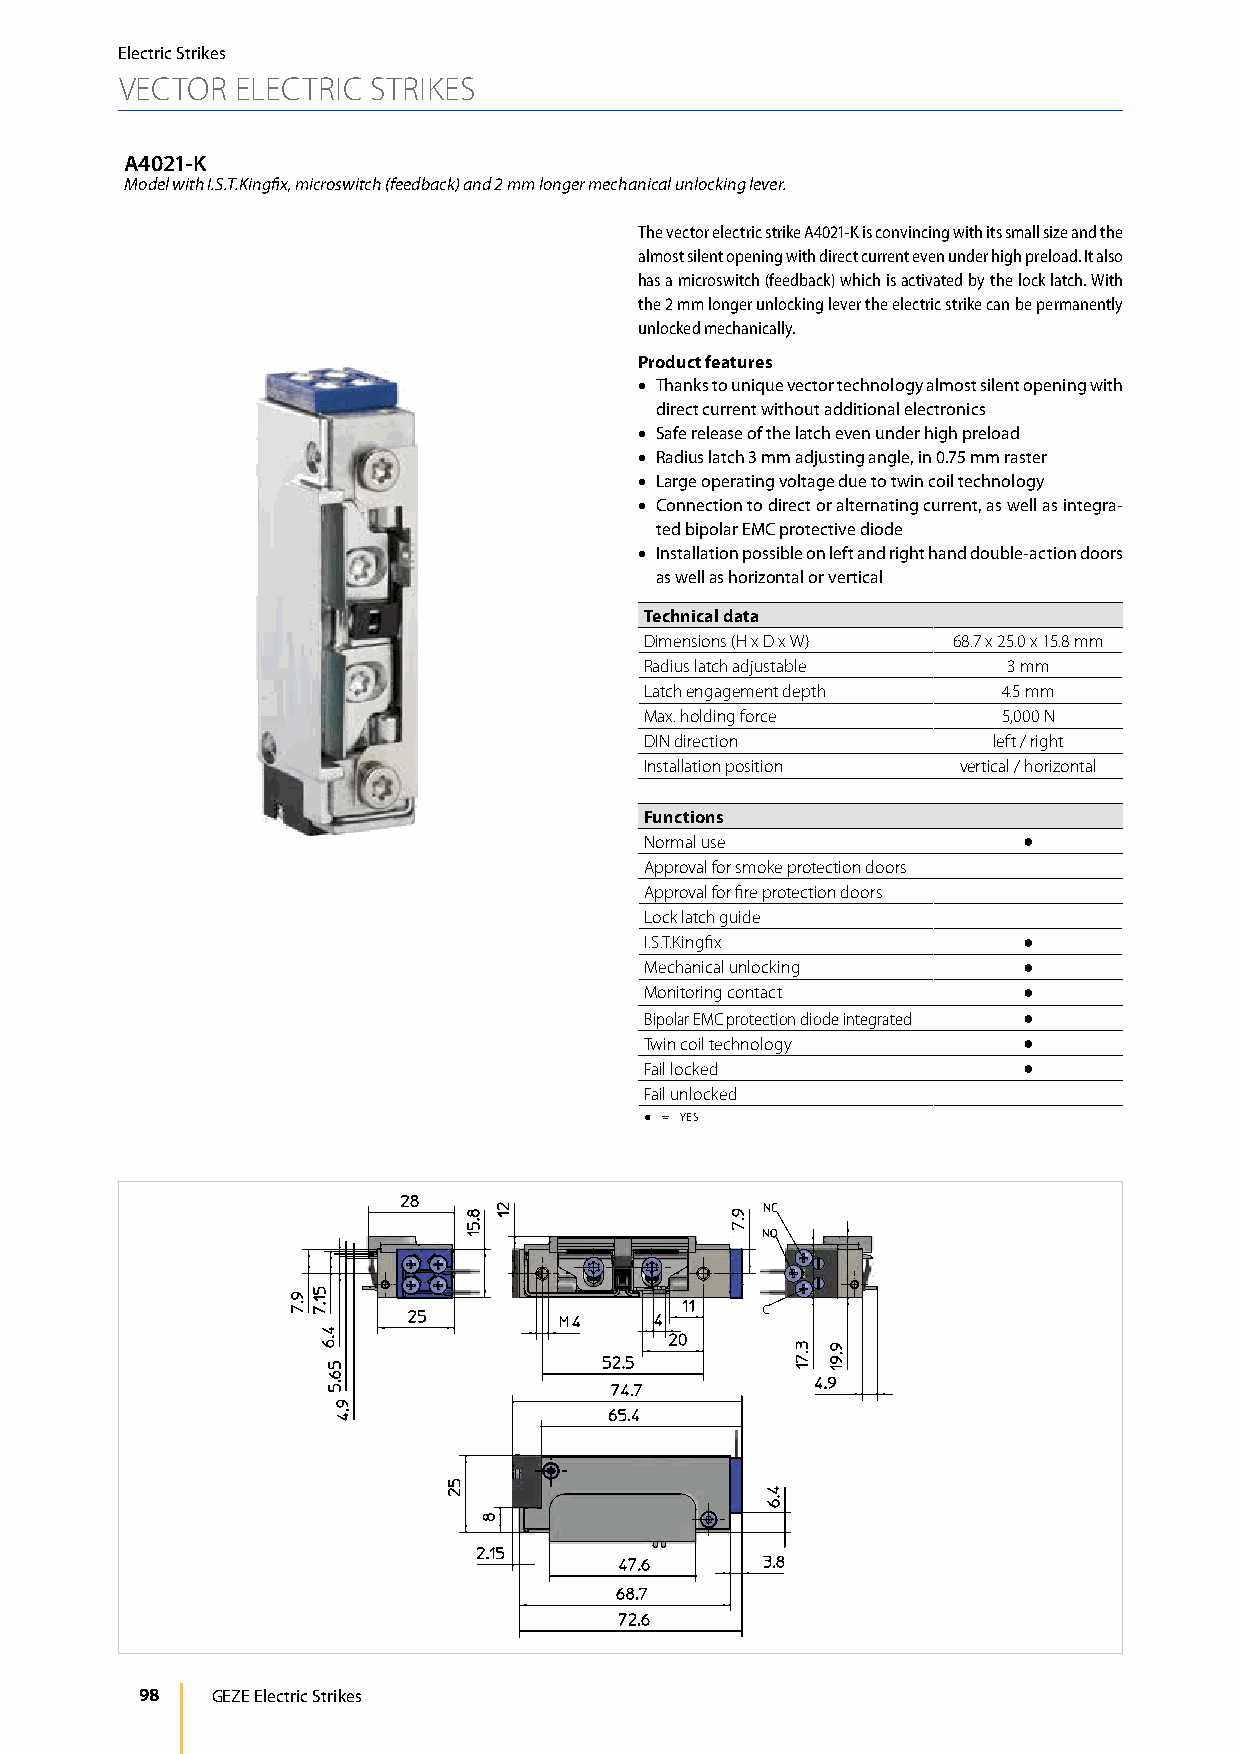
Electric Strikes
 VECTOR  ELECTRIC STRIKES
 A4021-K
 Model with I.S.T.Kingfix, microswitch (feedback) and 2 mm longer mechanical unlocking lever.
 The vector electric strike A4021-K is convincing with its small size and the
 almost silent opening with direct current even under high preload. It also
 has a microswitch (feedback) which is activated by the lock latch. With
 the 2 mm longer unlocking lever the electric strike can be permanently
 unlocked mechanically.
 Product features
 • Thanks to unique vector technology almost silent opening with
 direct current without additional electronics
 • Safe release of the latch even under high preload
 • Radius latch 3 mm adjusting angle, in 0.75 mm raster
 • Large operating voltage due to twin coil technology
 • Connection to direct or alternating current, as well as integra-
 ted bipolar EMC protective diode
 • Installation possible on left and right hand double-action doors
 as well as horizontal or vertical
 Technical data
 Dimensions (H x D x W) 68.7 x 25.0 x 15.8 mm
 Radius latch adjustable 3 mm
 Latch engagement depth 4.5 mm
 Max. holding force     5,000 N
 DIN direction          left / right
 Installation position vertical / horizontal
 Functions
 Normal use               ●
 Approval for smoke protection doors
 Approval for fire protection doors
 Lock latch guide
 I.S.T.Kingfix            ●
 Mechanical unlocking     ●
 Monitoring contact       ●
 Bipolar EMC protection diode integrated ●
 Twin coil technology     ●
 Fail locked              ●
 Fail unlocked
 ● = YES
 98   GEZE Electric Strikes